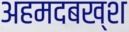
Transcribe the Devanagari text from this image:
अहमदबख्श